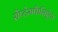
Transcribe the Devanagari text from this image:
सेंप्टेमफैसिऐटा